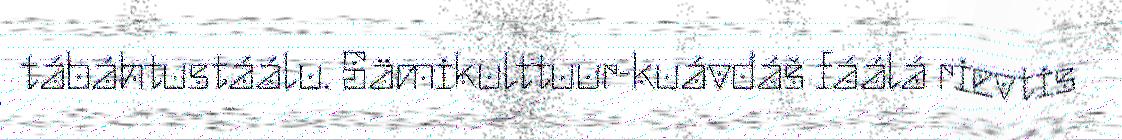
tábáhtustáálu. Sämikulttuur-kuávdáš fáálá rievtis